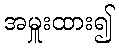
အမှူးထား၍